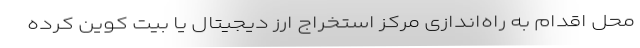
محل اقدام به راه‌اندازی مرکز استخراج ارز دیجیتال یا بیت کوین کرده